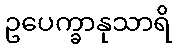
ဥပေက္ခာနုသာရိ